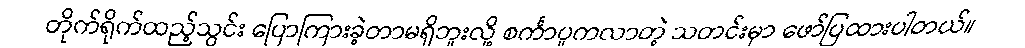
တိုက်ရိုက်ထည့်သွင်း ပြောကြားခဲ့တာမရှိဘူးလို့ စင်္ကာပူကလာတဲ့ သတင်းမှာ ဖော်ပြထားပါတယ်။